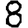
Digit: 8